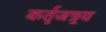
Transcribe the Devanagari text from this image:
कर्तृजन्र्य